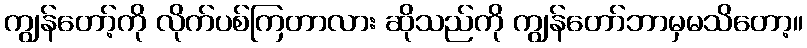
ကျွန်တော့်ကို လိုက်ပစ်ကြတာလား ဆိုသည်ကို ကျွန်တော်ဘာမှမသိတော့။